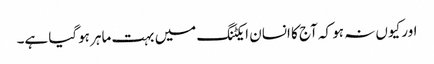
اور کیوں نہ ہو کہ آج کا انسان ایکٹنگ میں بہت ماہر ہوگیا ہے۔